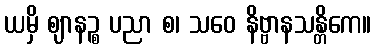
ယမှိ ဈာနဉ္စ ပညာ စ၊ သဝေ နိဗ္ဗာနသန္တိကေ။